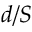
d / S